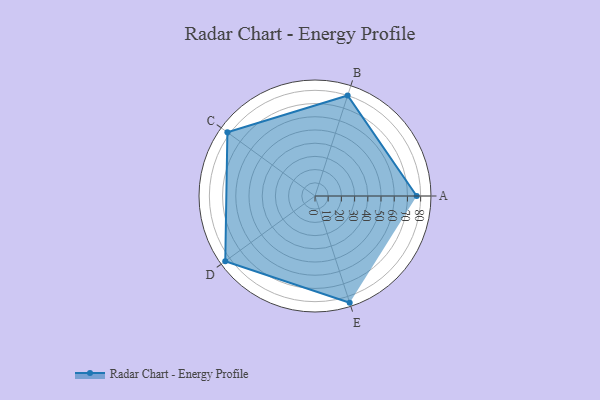
{"axis": {"x": "Skill", "y": "Score"}, "legend": ["Profile"], "data": [{"x": "A", "y": 77.0, "type": "Profile"}, {"x": "B", "y": 80.0, "type": "Profile"}, {"x": "C", "y": 82.0, "type": "Profile"}, {"x": "D", "y": 84.0, "type": "Profile"}, {"x": "E", "y": 85.0, "type": "Profile"}]}